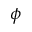
\boldsymbol { \phi }